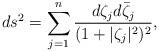
LaTeX: \begin{align*}d s^2 = \sum_{j = 1}^n \frac{d \zeta_j d \bar{\zeta}_j}{(1 +|\zeta_j|^2)^2},\end{align*}